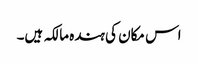
اس مکان کی ہندہ مالکہ ہیں۔